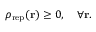
\rho _ { \mathrm { r e p } } ( { \bf r } ) \geq 0 , \quad \forall { \bf r } .